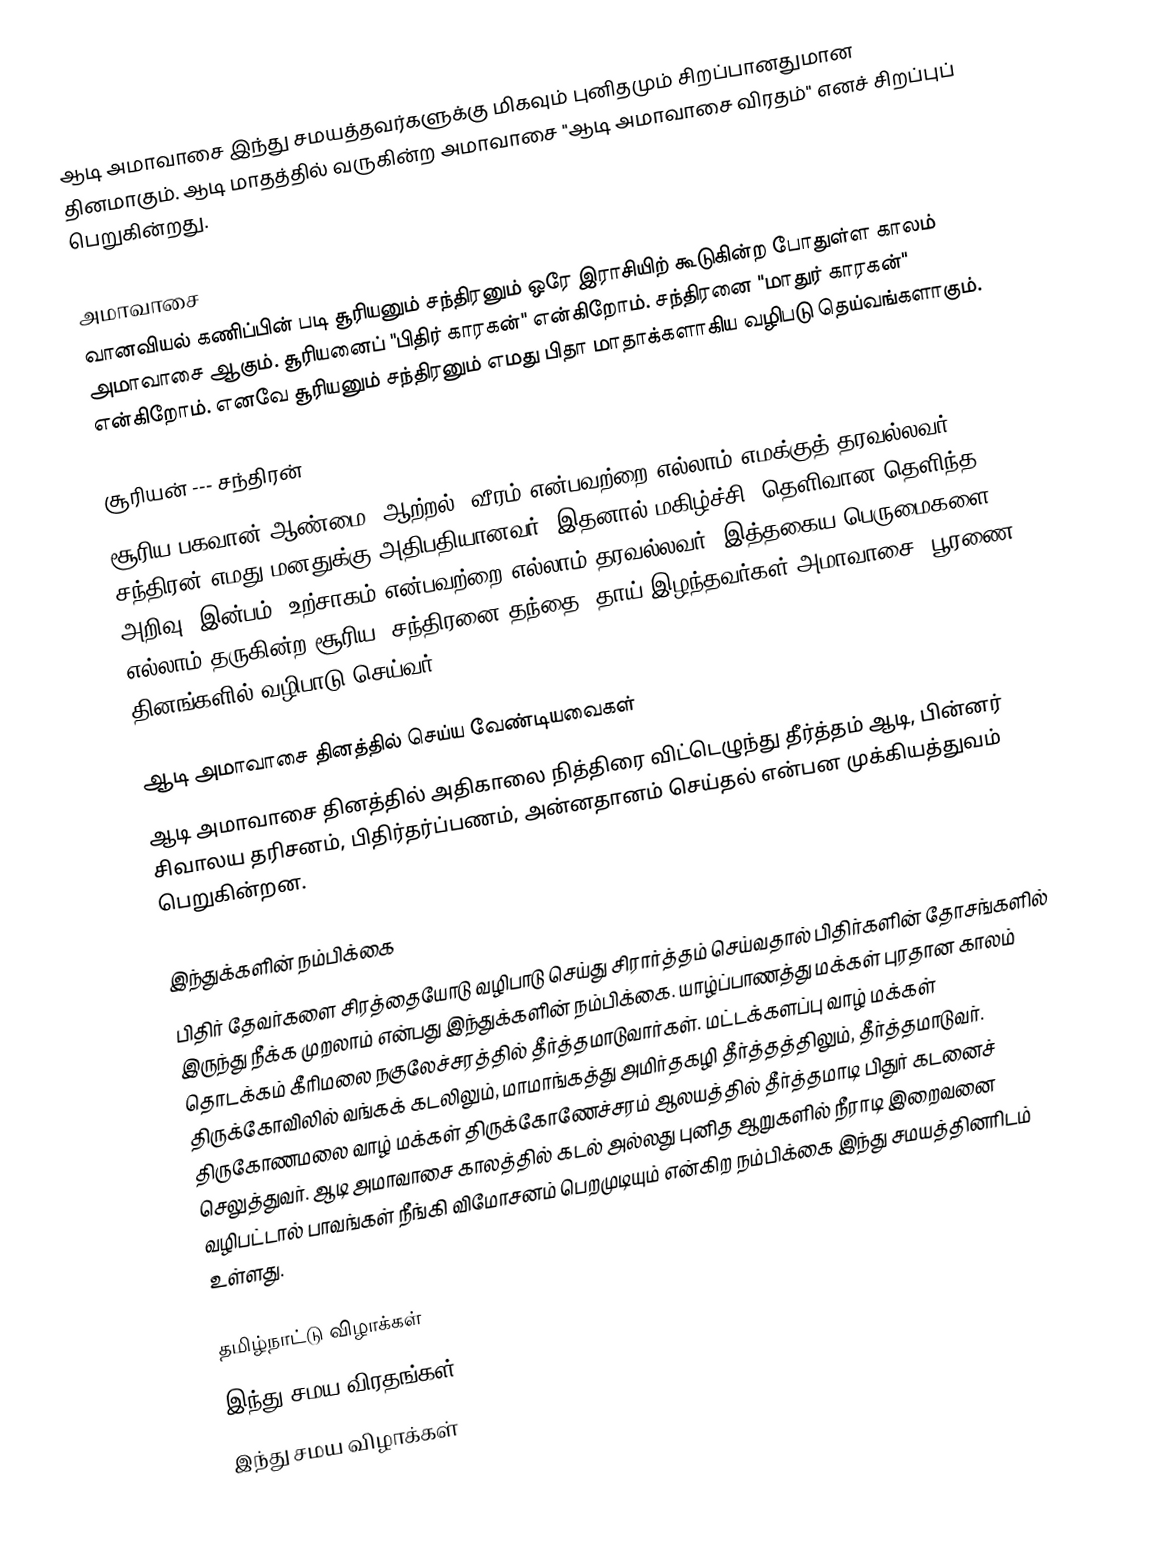
ஆடி அமாவாசை இந்து சமயத்தவர்களுக்கு மிகவும் புனிதமும் சிறப்பானதுமான தினமாகும். ஆடி மாதத்தில் வருகின்ற அமாவாசை "ஆடி அமாவாசை விரதம்" எனச் சிறப்புப் பெறுகின்றது.

அமாவாசை
வானவியல் கணிப்பின் படி சூரியனும் சந்திரனும் ஒரே இராசியிற் கூடுகின்ற போதுள்ள காலம் அமாவாசை ஆகும். சூரியனைப் "பிதிர் காரகன்" என்கிறோம். சந்திரனை "மாதுர் காரகன்" என்கிறோம். எனவே சூரியனும் சந்திரனும் எமது பிதா மாதாக்களாகிய வழிபடு தெய்வங்களாகும்.

சூரியன் --- சந்திரன்
சூரிய பகவான் ஆண்மை, ஆற்றல், வீரம் என்பவற்றை எல்லாம் எமக்குத் தரவல்லவர். சந்திரன் எமது மனதுக்கு அதிபதியானவர். இதனால் மகிழ்ச்சி, தெளிவான தெளிந்த அறிவு, இன்பம், உற்சாகம் என்பவற்றை எல்லாம் தரவல்லவர். இத்தகைய பெருமைகளை எல்லாம் தருகின்ற சூரிய, சந்திரனை தந்தை, தாய் இழந்தவர்கள் அமாவாசை, பூரணை தினங்களில் வழிபாடு செய்வர்.

ஆடி அமாவாசை தினத்தில் செய்ய வேண்டியவைகள்
ஆடி அமாவாசை தினத்தில் அதிகாலை நித்திரை விட்டெழுந்து தீர்த்தம் ஆடி, பின்னர் சிவாலய தரிசனம், பிதிர்தர்ப்பணம், அன்னதானம் செய்தல் என்பன முக்கியத்துவம் பெறுகின்றன.

இந்துக்களின் நம்பிக்கை
பிதிர் தேவர்களை சிரத்தையோடு வழிபாடு செய்து சிரார்த்தம் செய்வதால் பிதிர்களின் தோசங்களில் இருந்து நீக்க முறலாம் என்பது இந்துக்களின் நம்பிக்கை. யாழ்ப்பாணத்து மக்கள் புரதான காலம் தொடக்கம் கீரிமலை நகுலேச்சரத்தில் தீர்த்தமாடுவார்கள். மட்டக்களப்பு வாழ் மக்கள் திருக்கோவிலில் வங்கக் கடலிலும், மாமாங்கத்து அமிர்தகழி தீர்த்தத்திலும்,  தீர்த்தமாடுவர். திருகோணமலை வாழ் மக்கள் திருக்கோணேச்சரம் ஆலயத்தில் தீர்த்தமாடி பிதுர் கடனைச் செலுத்துவர். ஆடி அமாவாசை காலத்தில் கடல் அல்லது புனித ஆறுகளில் நீராடி இறைவனை வழிபட்டால் பாவங்கள் நீங்கி விமோசனம் பெறமுடியும் என்கிற நம்பிக்கை இந்து சமயத்தினரிடம் உள்ளது.

தமிழ்நாட்டு விழாக்கள்
இந்து சமய விரதங்கள்
இந்து சமய விழாக்கள்